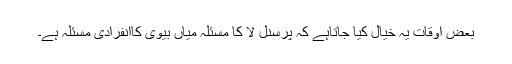
بعض اوقات یہ خیال کیا جاتاہے کہ پرسنل لا کا مسئلہ میاں بیوی کاانفرادی مسئلہ ہے۔